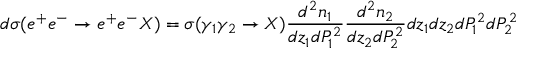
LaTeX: d \sigma ( e ^ { + } e ^ { - } \rightarrow e ^ { + } e ^ { - } X ) = \sigma ( \gamma _ { 1 } \gamma _ { 2 } \rightarrow X ) \frac { d ^ { 2 } n _ { 1 } } { d z _ { 1 } d P _ { 1 } ^ { 2 } } \frac { d ^ { 2 } n _ { 2 } } { d z _ { 2 } d P _ { 2 } ^ { 2 } } d z _ { 1 } d z _ { 2 } d P _ { 1 } ^ { 2 } d P _ { 2 } ^ { 2 }